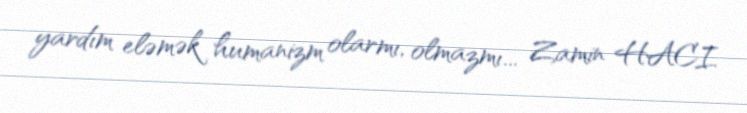
yardım eləmək humanizm olarmı, olmazmı... Zamin HACI.